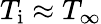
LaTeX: T_{\mathrm{i}}\approx T_{\infty}